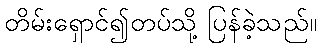
တိမ်းရှောင်၍တပ်သို့ ပြန်ခဲ့သည်။